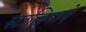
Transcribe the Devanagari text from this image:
स्टालिनाने